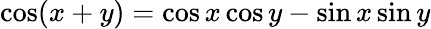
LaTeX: \cos(x+y)=\cos x\cos y-\sin x\sin y